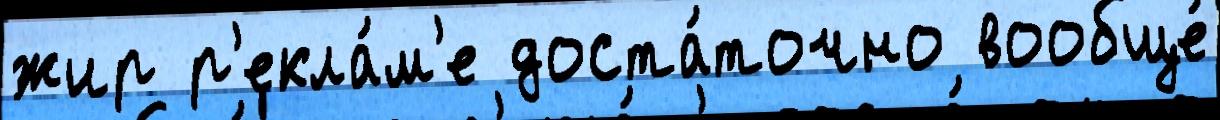
жир р'екла́м'е доста́точно вообще́